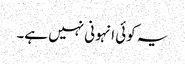
یہ کوئی انہونی نہیں ہے۔